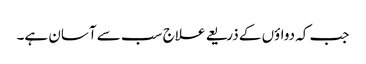
جب کہ دواؤں کے ذریعے علاج سب سے آسان ہے۔